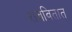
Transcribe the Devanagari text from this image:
राबवितात